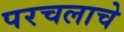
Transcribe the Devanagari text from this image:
परचलाचे